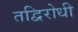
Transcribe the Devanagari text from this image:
तद्विरोधी